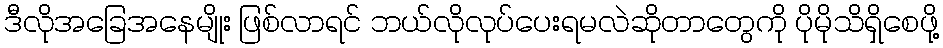
ဒီလိုအခြေအနေမျိုး ဖြစ်လာရင် ဘယ်လိုလုပ်ပေးရမလဲဆိုတာတွေကို ပိုမိုသိရှိစေဖို့